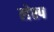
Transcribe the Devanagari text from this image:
लेस्प